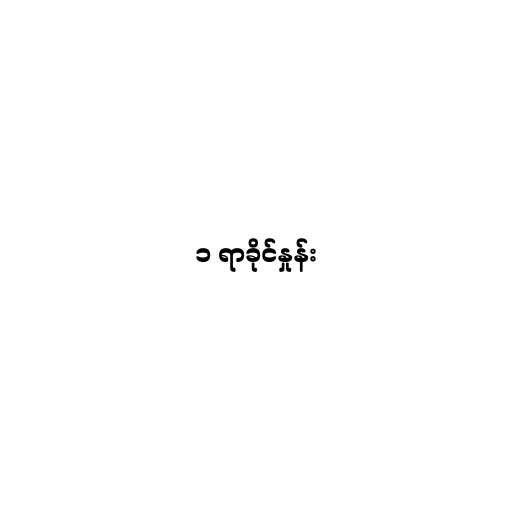
၁ ရာခိုင်နှုန်း